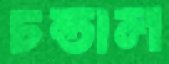
চন্ডাল